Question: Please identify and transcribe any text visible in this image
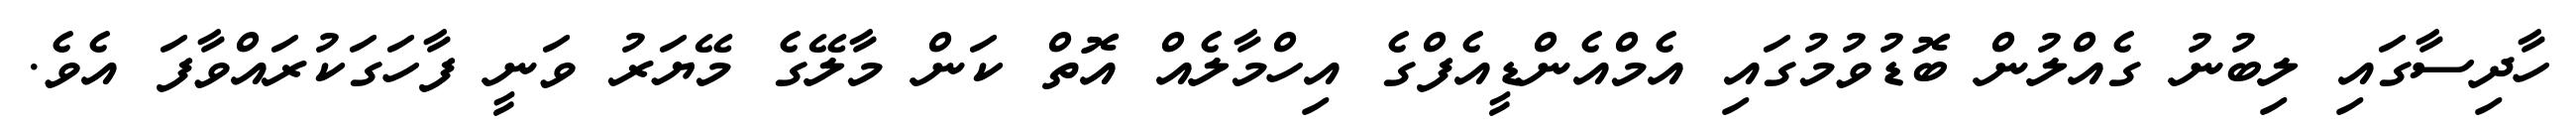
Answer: ހާދިސާގައި ލިބުނު ގެއްލުން ބޮޑުވުމުގައި އެމްއެންޑީއެފްގެ އިހްމާލެއް އޮތް ކަން މާލޭގެ މޭޔަރު ވަނީ ފާހަގަކުރައްވާފަ އެވެ.